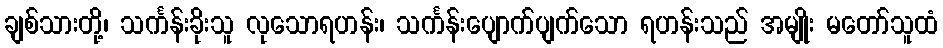
ချစ်သားတို့၊ သင်္ကန်းခိုးသူ လုသောရဟန်း၊ သင်္ကန်းပျောက်ပျက်သော ရဟန်းသည် အမျိုး မတော်သူထံ